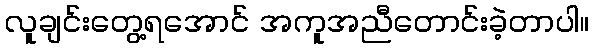
လူချင်းတွေ့ရအောင် အကူအညီတောင်းခဲ့တာပါ။